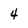
Character: 4